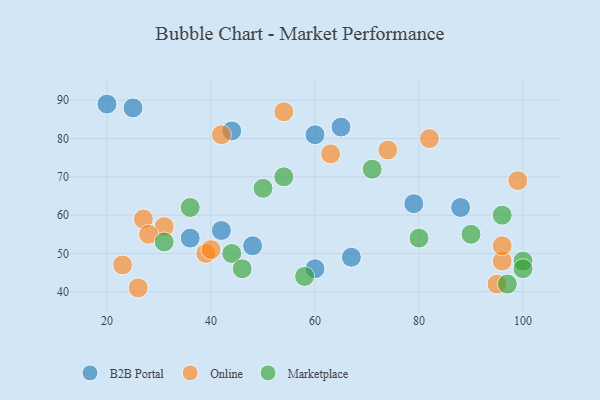
{"axis": {"x": "GDP", "y": "Life Expectancy"}, "legend": ["B2B Portal", "Marketplace", "Online"], "data": [{"x": "79", "y": 63, "type": "B2B Portal"}, {"x": "20", "y": 89, "type": "B2B Portal"}, {"x": "25", "y": 88, "type": "B2B Portal"}, {"x": "36", "y": 54, "type": "B2B Portal"}, {"x": "65", "y": 83, "type": "B2B Portal"}, {"x": "48", "y": 52, "type": "B2B Portal"}, {"x": "44", "y": 82, "type": "B2B Portal"}, {"x": "88", "y": 62, "type": "B2B Portal"}, {"x": "67", "y": 49, "type": "B2B Portal"}, {"x": "60", "y": 81, "type": "B2B Portal"}, {"x": "42", "y": 56, "type": "B2B Portal"}, {"x": "60", "y": 46, "type": "B2B Portal"}, {"x": "74", "y": 77, "type": "Online"}, {"x": "54", "y": 87, "type": "Online"}, {"x": "23", "y": 47, "type": "Online"}, {"x": "96", "y": 48, "type": "Online"}, {"x": "39", "y": 50, "type": "Online"}, {"x": "31", "y": 57, "type": "Online"}, {"x": "95", "y": 42, "type": "Online"}, {"x": "42", "y": 81, "type": "Online"}, {"x": "40", "y": 51, "type": "Online"}, {"x": "63", "y": 76, "type": "Online"}, {"x": "99", "y": 69, "type": "Online"}, {"x": "26", "y": 41, "type": "Online"}, {"x": "27", "y": 59, "type": "Online"}, {"x": "82", "y": 80, "type": "Online"}, {"x": "28", "y": 55, "type": "Online"}, {"x": "96", "y": 52, "type": "Online"}, {"x": "80", "y": 54, "type": "Marketplace"}, {"x": "90", "y": 55, "type": "Marketplace"}, {"x": "100", "y": 48, "type": "Marketplace"}, {"x": "96", "y": 60, "type": "Marketplace"}, {"x": "100", "y": 46, "type": "Marketplace"}, {"x": "31", "y": 53, "type": "Marketplace"}, {"x": "36", "y": 62, "type": "Marketplace"}, {"x": "71", "y": 72, "type": "Marketplace"}, {"x": "97", "y": 42, "type": "Marketplace"}, {"x": "54", "y": 70, "type": "Marketplace"}, {"x": "58", "y": 44, "type": "Marketplace"}, {"x": "44", "y": 50, "type": "Marketplace"}, {"x": "46", "y": 46, "type": "Marketplace"}, {"x": "50", "y": 67, "type": "Marketplace"}]}